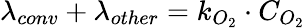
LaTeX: \lambda_{conv}+\lambda_{other}=k_{O_{2}}\cdot C_{O_{2}}